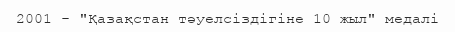
2001 - "Қазақстан тәуелсіздігіне 10 жыл" медалі